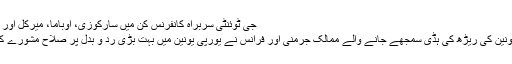
جی ٹوئنٹی سربراہ کانفرنس کن ميں سارکوزی، اوباما، ميرکل اور کيمرون
يورپی يونين کی ريڑھ کی ہڈی سمجھے جانے والے ممالک جرمنی اور فرانس نے يورپی يونين ميں بہت بڑی ردّ و بدل پر صلاح مشورے کيے ہيں۔